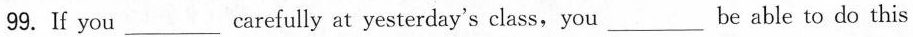
99.If you___carefully at yesterday's class, you___be able to do this